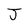
Character: J